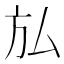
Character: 𭤩